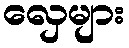
လှေများ